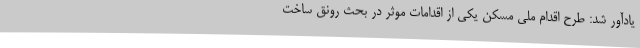
یادآور شد: طرح اقدام ملی مسکن یکی از اقدامات موثر در بحث رونق ساخت